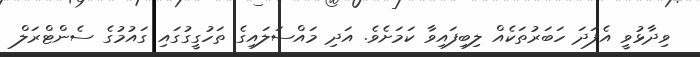
ވިދާޅުވީ އެފަދަ ހަބަރުތަކެއް ލިބިފައިވާ ކަމަށެވެ. އަދި މައްސަލައިގެ ތަހުގީގުގައި ގައުމުގެ ސެންޓްރަލް